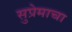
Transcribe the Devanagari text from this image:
सुप्रेमाचा